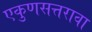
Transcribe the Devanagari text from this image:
एकुणसत्तरावा